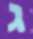
ג